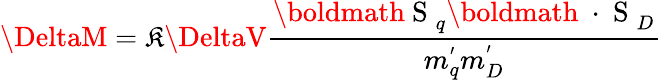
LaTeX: \DeltaM=\mathfrak{K}\DeltaV\frac{{\mathrm{{\boldmath~S~}}_{q}\mathrm{{\boldmath~\cdot~S~}}_{D}}}{{m_{q}^{'}m_{D}^{'}}}